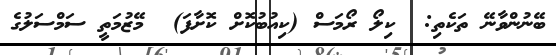
ބޭނުންވާނޭ ތަކެތި:  ކިލޯ ރޯމަސް (ކިއުބުކޮށް ކޮށާފަ)  މޭޒުމަތީ ސަމްސަލުގެ